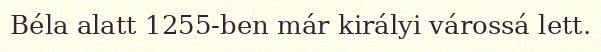
Béla alatt 1255-ben már királyi várossá lett.